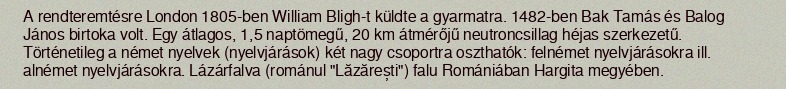
A rendteremtésre London 1805-ben William Bligh-t küldte a gyarmatra. 1482-ben Bak Tamás és Balog János birtoka volt. Egy átlagos, 1,5 naptömegű, 20 km átmérőjű neutroncsillag héjas szerkezetű. Történetileg a német nyelvek (nyelvjárások) két nagy csoportra oszthatók: felnémet nyelvjárásokra ill. alnémet nyelvjárásokra. Lázárfalva (románul "Lăzărești") falu Romániában Hargita megyében.